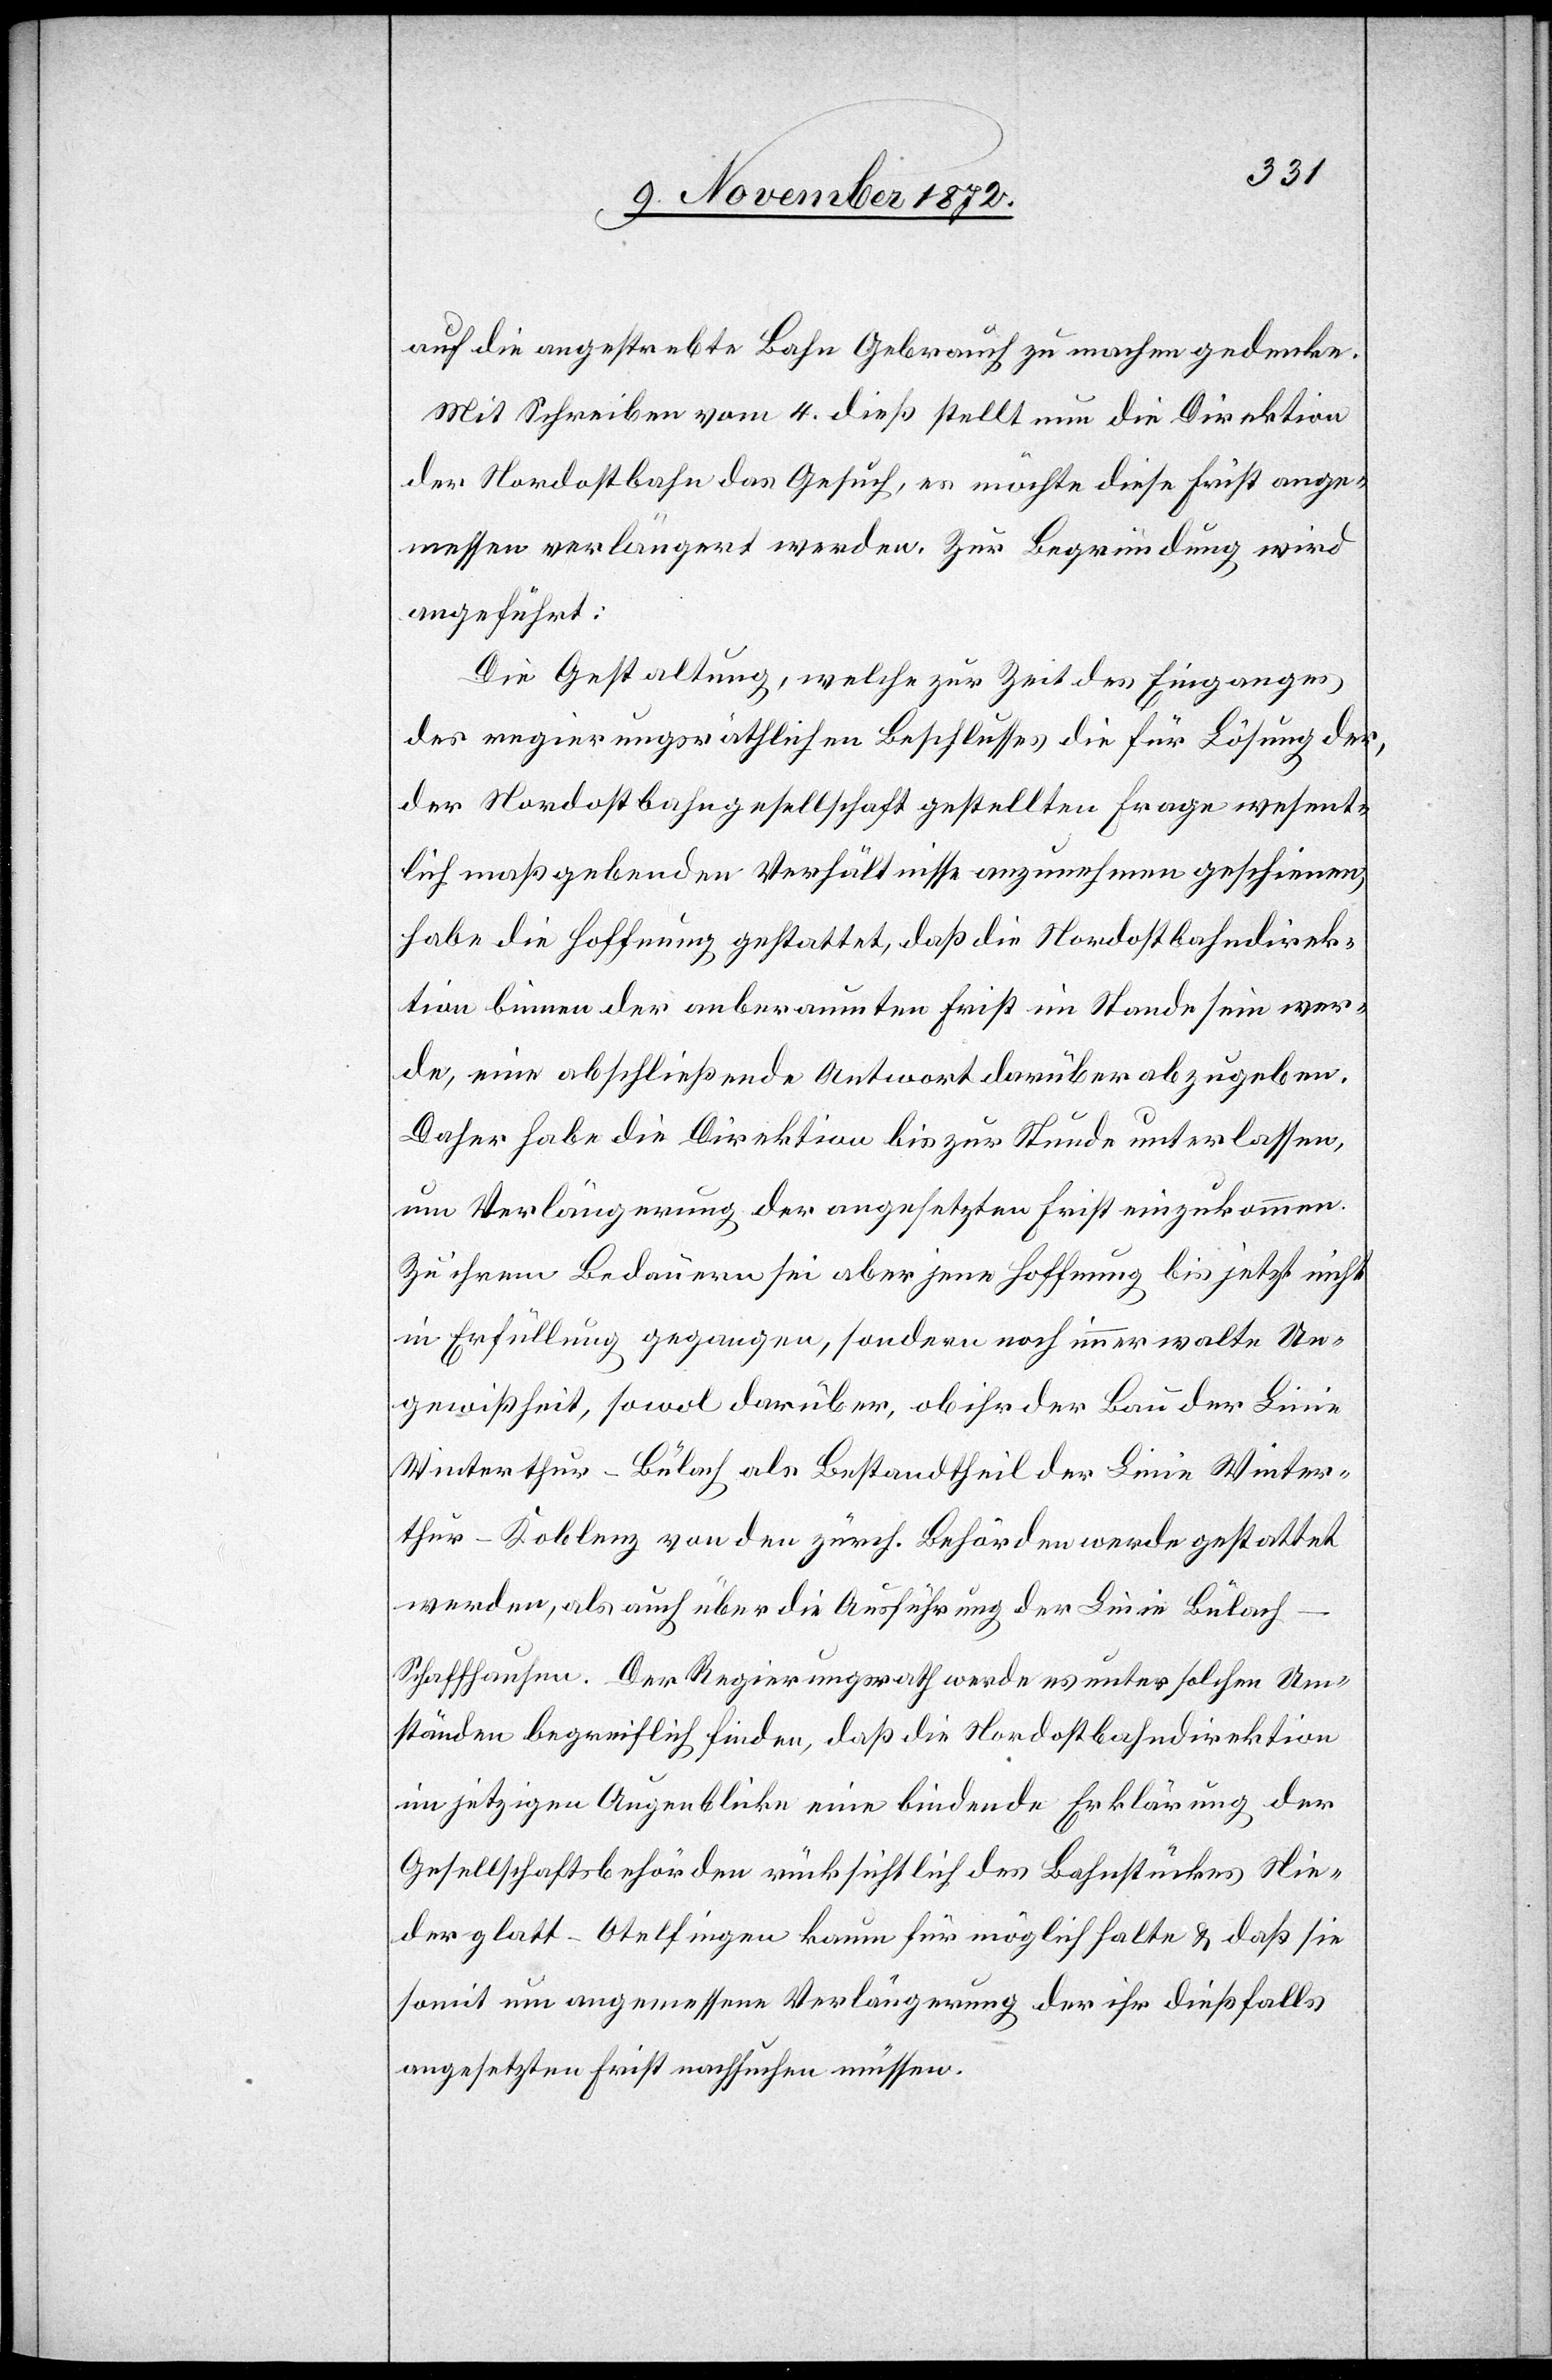
auf die angestrebte Bahn Gebrauch zu machen gedenke.
Mit Schreiben vom 4. dieß stellt nun die Direktion
der Nordostbahn das Gesuch, es möchte diese Frist ange¬
messen verlängert werden. Zur Begründung wird
angeführt:
Die Gestaltung, welche zur Zeit des Einganges
des regierungsräthlichen Beschlusses die für Lösung der,
Nordostbahngesellschaft gestellten Frage wesent¬
lich maßgebenden Verhältnisse anzunehmen geschienen,
habe die Hoffnung gestattet, daß die Nordostbahndirek¬
tion binnen der anberaumten Frist im Stande sein wer¬
de, eine abschließende Antwort darüber abzugeben.
Daher habe die Direktion bis zur Stunde unterlassen,
um Verlängerung der angesetzten Frist einzukommen.
Zu ihrem Bedauern sei aber jene Hoffnung bis jetzt nicht
in Erfüllung gegangen, sondern noch immer walte Un¬
gewißheit, sowol darüber, ob ihr der Bau der Linie
Winterthur–Bülach als Bestandtheil der Linie Winter¬
thur–Koblenz von den zürch. Behörden werde gestattet
werden, als auch über die Ausführung der Linie Bülac¬
h–Schaffhausen. Der Regierungsrath werde es unter solchen Um¬
ständen begreiflich finden, daß die Nordostbahndirektion
im jetzigen Augenblicke eine bindende Erklärung der
Gesellschaftsbehörden rücksichtlich des Bahnstückes Nie¬
derglatt–Otelfingen kaum für möglich halte u. daß sie
somit um angemessene Verlängerung der ihr dießfalls
angesetzten Frist nachsuchen müssen.